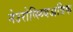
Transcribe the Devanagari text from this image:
नेउरोप्स्य्चिअत्रिक